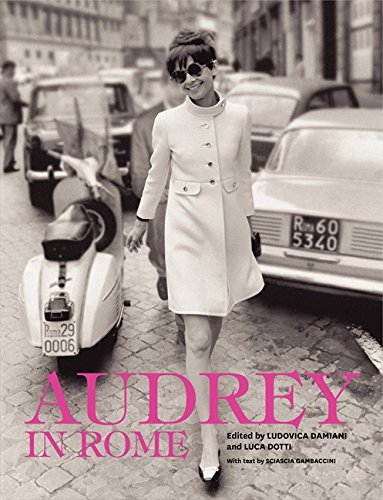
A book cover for Audrey in Rome; Luca Dotti; Arts & Photography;